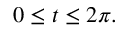
0 \leq t \leq 2 \pi .